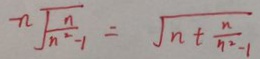
- n \sqrt { \frac { n } { n ^ { 2 } - 1 } } = \sqrt { n + \frac { n } { n ^ { 2 } - 1 } }